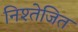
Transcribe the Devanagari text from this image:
निश्तेजित